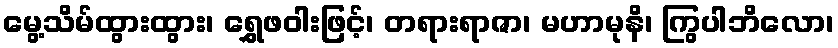
မွေ့သိမ်ထွားထွား၊ ရွှေဖဝါးဖြင့်၊ တရားရာဇာ၊ မဟာမုနိ၊ ကြွပါဘိလော၊